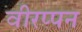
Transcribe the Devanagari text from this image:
वीरप्पन